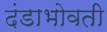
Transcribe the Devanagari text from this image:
दंडाभोवती